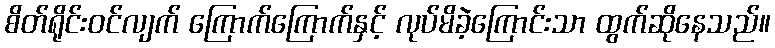
စိတ်ရိုင်းဝင်လျက် ကြောက်ကြောက်နှင့် လုပ်မိခဲ့ကြောင်းသာ ထွက်ဆိုနေသည်။